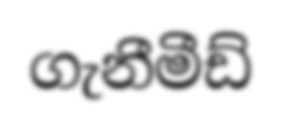
ගැනීමීඩ්